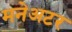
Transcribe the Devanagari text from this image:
मनेअटर